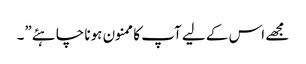
مجھے اس کے لیے آپ کا ممنون ہونا چاہئے”۔